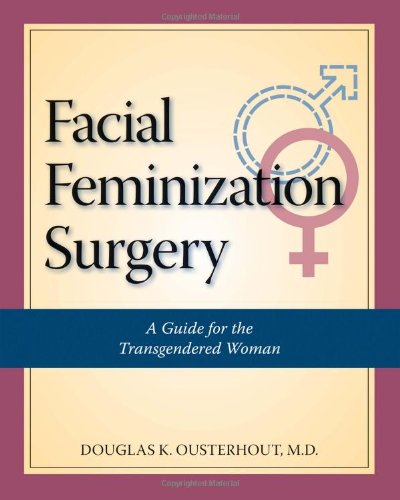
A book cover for Facial Feminization Surgery: A Guide for the Transgendered Woman; Douglas K. Ousterhout  MD; Gay & Lesbian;